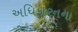
અધિકારનના